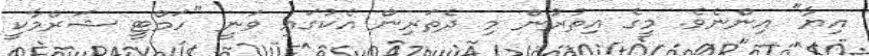
އިޔާ" އިންނެވެ. މީގެ އިތުރުން މި ދެތަރިން އެކުގައި ވަނީ "ހަމްޓީ ޝަރްމާކީ